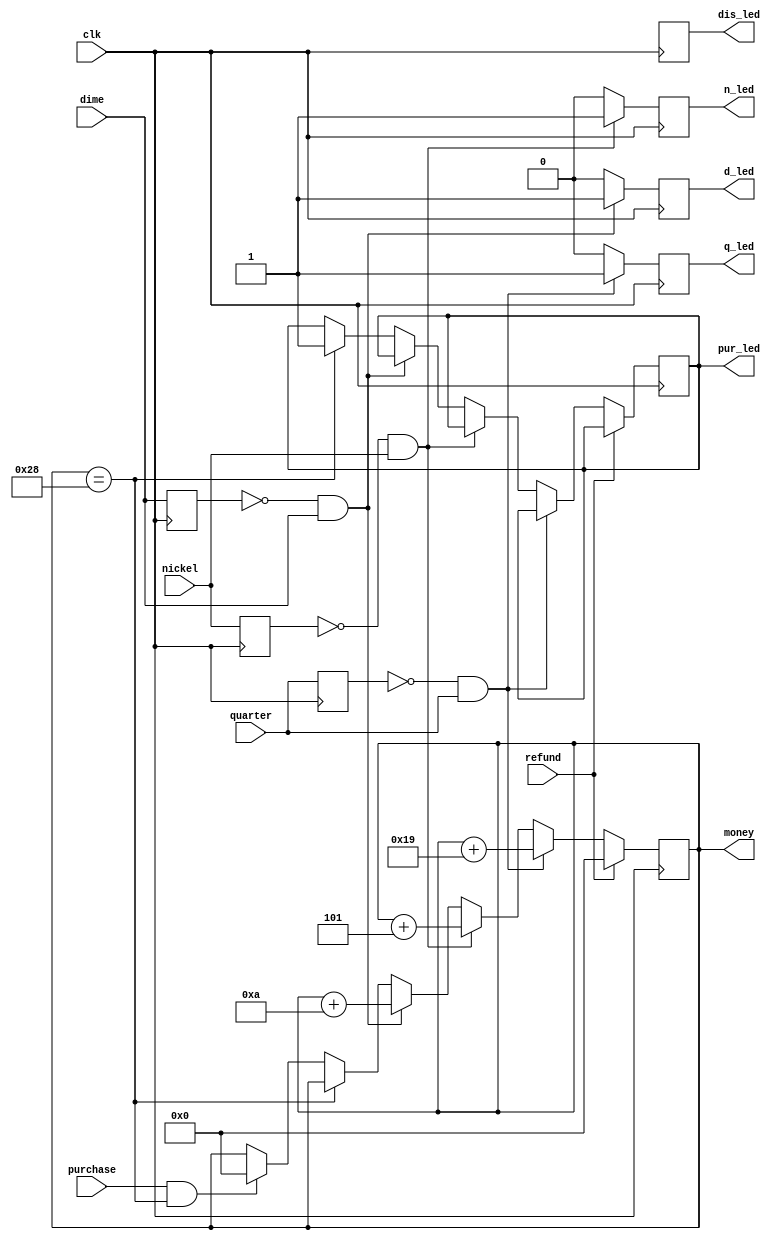
`timescale 1ns / 1ps
//////////////////////////////////////////////////////////////////////////////////
// Company: 
// Engineer: 
// 
// Design Name: 
// Module Name: Vending_Machine
// Project Name: 
// Target Devices: 
// Tool Versions: 
// Description: 
// 
// Dependencies: 
// 
// Revision:
// Revision 0.01 - File Created
// Additional Comments:
// 
//////////////////////////////////////////////////////////////////////////////////


module Vending_Machine(
    input clk,
    input purchase,
    input refund,
    input quarter,
    input nickel,
    input dime,
    output reg [11:0] money = 0,
    output reg q_led, n_led, d_led, // Separate LEDs for each coin
    output reg pur_led,
    output reg dis_led
);

    reg quarter_prev, nickel_prev, dime_prev;
    reg dis_led_signal;

    always @(posedge clk) begin
        quarter_prev <= quarter;
        nickel_prev <= nickel;
        dime_prev <= dime;

        // Additional logic to control LEDs for each coin
        q_led <= (quarter_prev == 1'b0 && quarter == 1'b1) ? 1'b1 : 1'b0;
        n_led <= (nickel_prev == 1'b0 && nickel == 1'b1) ? 1'b1 : 1'b0;
        d_led <= (dime_prev == 1'b0 && dime == 1'b1) ? 1'b1 : 1'b0;

        if (refund == 1) // Make the display on the segment set to zero
            money <= 12'b0;

        else if (quarter_prev == 1'b0 && quarter == 1'b1) // If quarter is inserted
            money <= money + 12'd25; // Money inserted increases by 25 cents

        else if (nickel_prev == 1'b0 && nickel == 1'b1) // If nickel is inserted
            money <= money + 12'd5; // Money inserted increases by 5 cents

        else if (dime_prev == 1'b0 && dime == 1'b1) // If dime is inserted
            money <= money + 12'd10; // Money inserted increases by 10 cents
            
        else if (money == 12'd40)
             pur_led <= 1'b1;
            
        else if (purchase == 1'b1 && money == 12'd40)
            money <= 12'b0 ;
            dis_led <= dis_led_signal ;
    end
endmodule